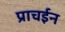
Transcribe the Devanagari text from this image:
प्राचईन